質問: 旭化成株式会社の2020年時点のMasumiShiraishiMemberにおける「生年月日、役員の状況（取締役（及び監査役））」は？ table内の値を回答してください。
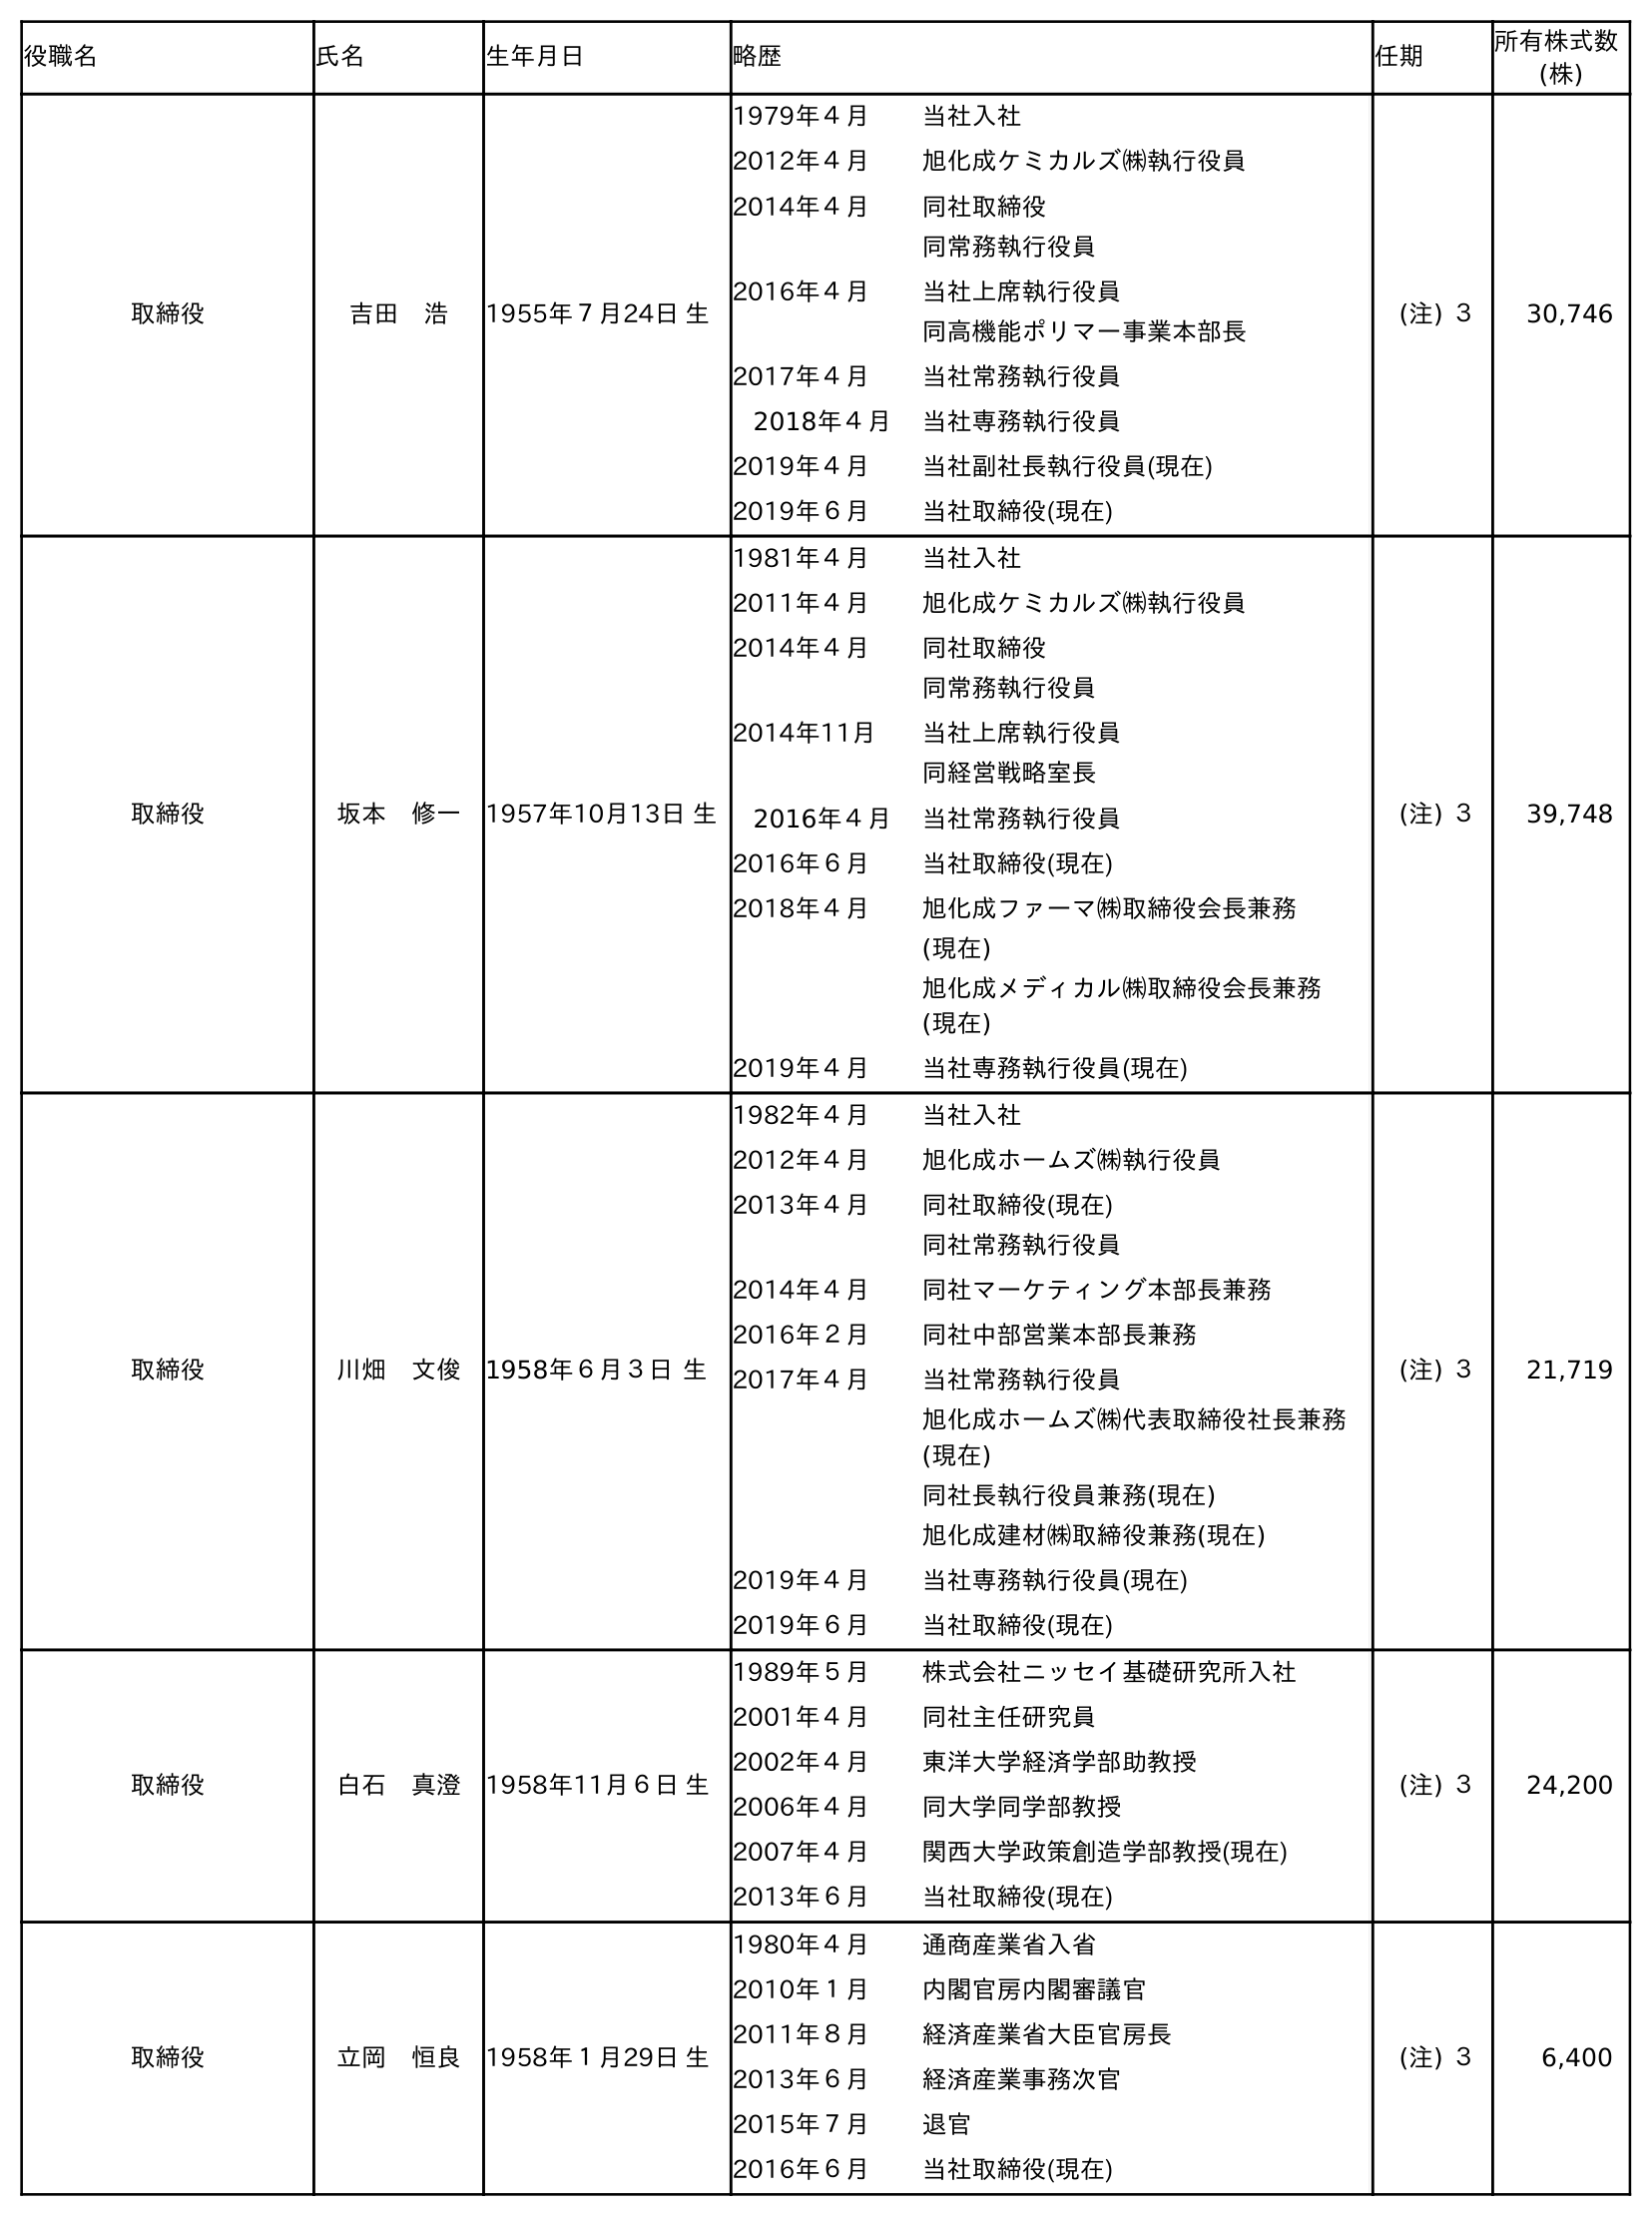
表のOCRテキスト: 役職名 氏名 生年月日 略歴 任期 所有株式数 (株) 取締役 吉田 浩 1955年７月24日 生 1979年４月 当社入社 2012年４月 旭化成ケミカルズ㈱執行役員 2014年４月 同社取締役 同常務執行役員 2016年４月 当社上席執行役員 同高機能ポリマー事業本部長 2017年４月 当社常務執行役員 2018年４月 当社専務執行役員 2019年４月 当社副社長執行役員(現在) 2019年６月 当社取締役(現在) (注) ３ 30,746 取締役 坂本 修一 1957年10月13日 生 1981年４月 当社入社 2011年４月 旭化成ケミカルズ㈱執行役員 2014年４月 同社取締役 同常務執行役員 2014年11月 当社上席執行役員 同経営戦略室長 2016年４月 当社常務執行役員 2016年６月 当社取締役(現在) 2018年４月 旭化成ファーマ㈱取締役会長兼務 (現在) 旭化成メディカル㈱取締役会長兼務 (現在) 2019年４月 当社専務執行役員(現在) (注) ３ 39,748 取締役 川畑 文俊 1958年６月３日 生 1982年４月 当社入社 2012年４月 旭化成ホームズ㈱執行役員 2013年４月 同社取締役(現在) 同社常務執行役員 2014年４月 同社マーケティング本部長兼務 2016年２月 同社中部営業本部長兼務 2017年４月 当社常務執行役員 旭化成ホームズ㈱代表取締役社長兼務 (現在) 同社長執行役員兼務(現在) 旭化成建材㈱取締役兼務(現在) 2019年４月 当社専務執行役員(現在) 2019年６月 当社取締役(現在) (注) ３ 21,719 取締役 白石 真澄 1958年11月６日 生 1989年５月 株式会社ニッセイ基礎研究所入社 2001年４月 同社主任研究員 2002年４月 東洋大学経済学部助教授 2006年４月 同大学同学部教授 2007年４月 関西大学政策創造学部教授(現在) 2013年６月 当社取締役(現在) (注) ３ 24,200 取締役 立岡 恒良 1958年１月29日 生 1980年４月 通商産業省入省 2010年１月 内閣官房内閣審議官 2011年８月 経済産業省大臣官房長 2013年６月 経済産業事務次官 2015年７月 退官 2016年６月 当社取締役(現在) (注) ３ 6,400
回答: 1958年11月６日生